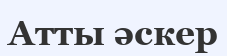
Атты әскер